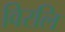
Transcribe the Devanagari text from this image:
विरलि